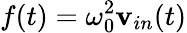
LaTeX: f(t)=\omega_{0}^{2}\mathbf{v}_{in}(t)